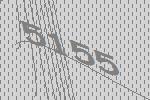
5155